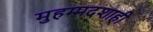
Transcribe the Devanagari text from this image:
मुहम्मदशाही